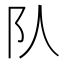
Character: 队